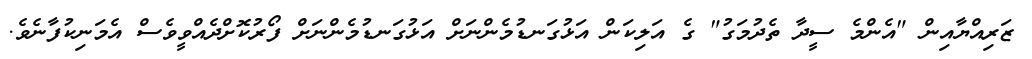
ޒަރިއްޔާއިން "އެންމެ ސީދާ ތެދުމަގު" ގެ އަލިކަން އަޅުގަނޑުމެންނަށް އަޅުގަނޑުމެންނަށް ފޯރުކޮށްދެއްވީވެސް އެމަނިކުފާނެވެ.